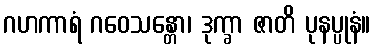
ဂဟကာရံ ဂဝေသန္တော၊ ဒုက္ခာ ဇာတိ ပုနပ္ပုနံ။